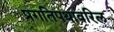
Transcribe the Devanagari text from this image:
प्रगतिपथावरिल